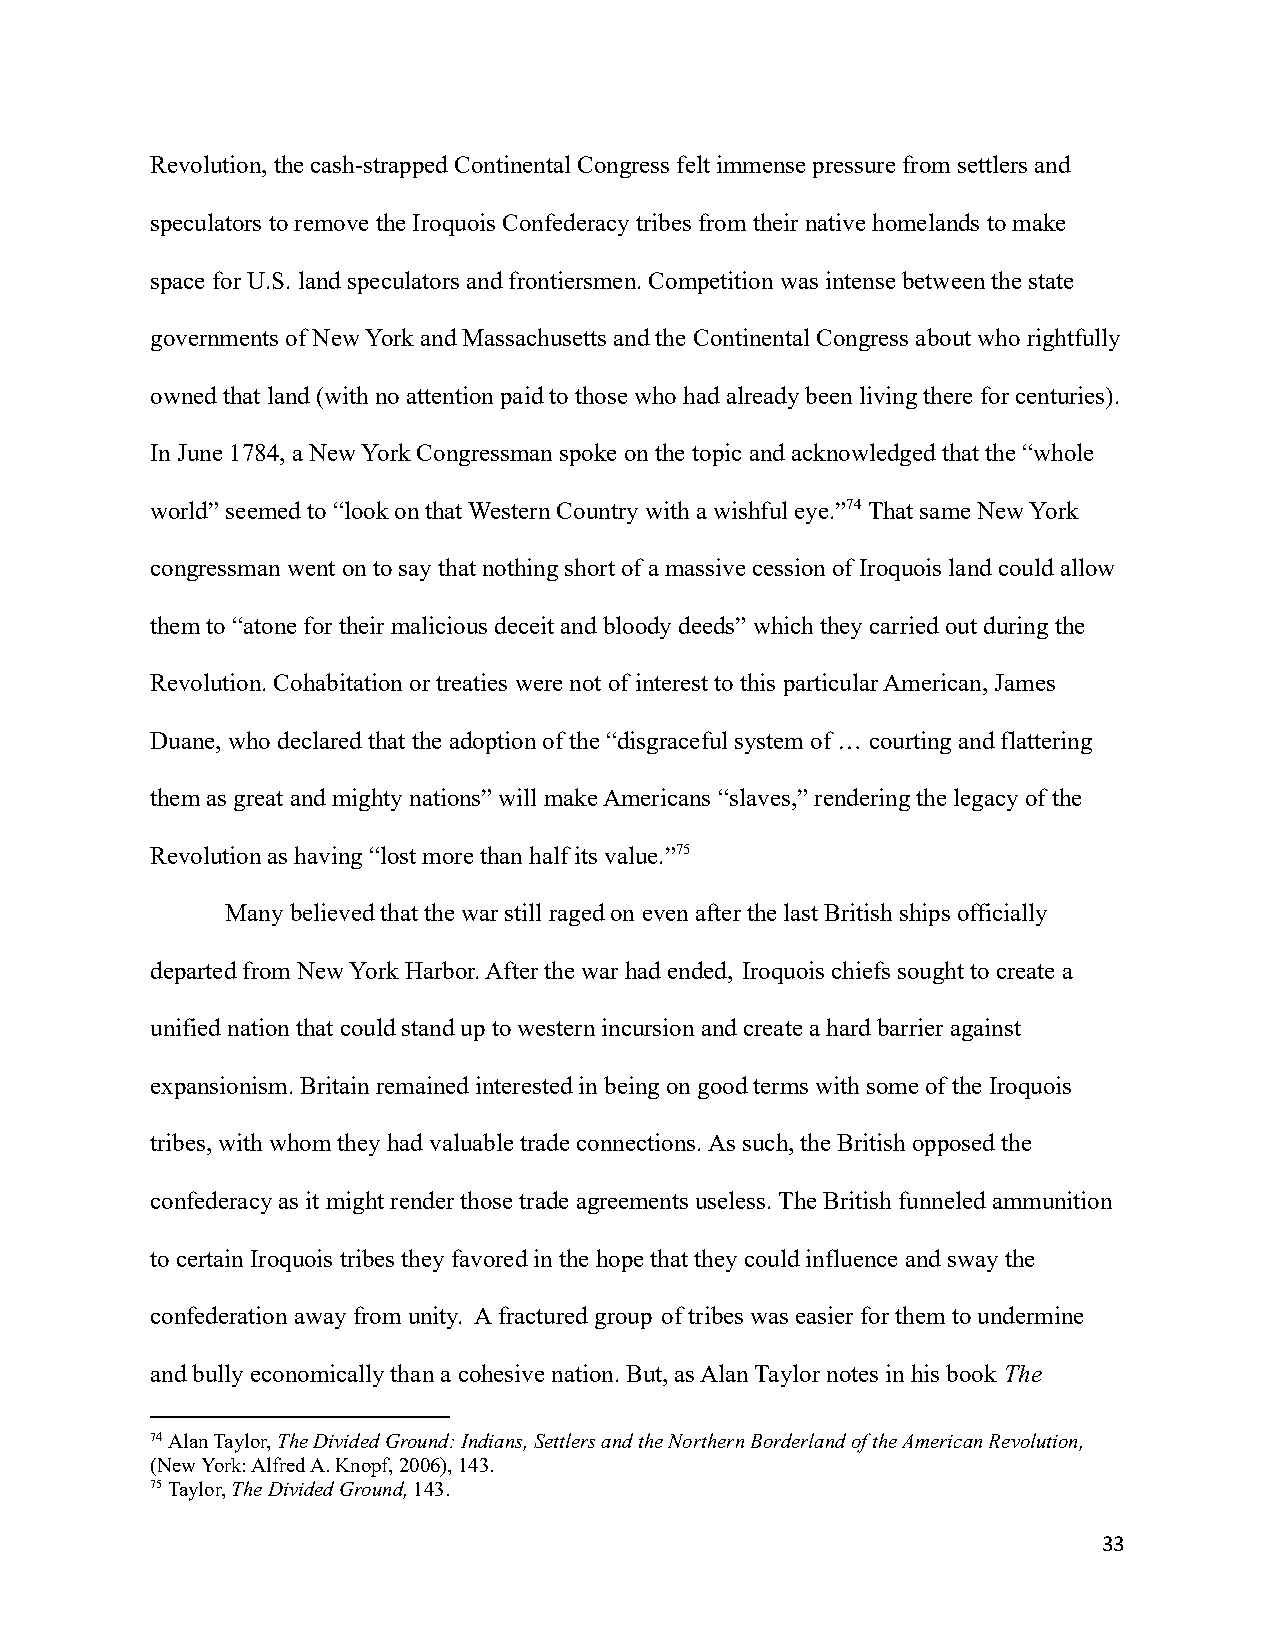
Revolution, the cash-strapped Continental Congress felt immense pressure from settlers and
 speculators to remove the Iroquois Confederacy tribesfrom their native homelands to make
 space for U.S. land speculators and frontiersmen.Competition was intense between the state
 governments of New York and Massachusetts and the Continental Congress about who rightfully
 owned that land (with no attention paid to those whohad already been living there for centuries).
 In June 1784, a New York Congressman spoke on the topic and acknowledged that the “whole
 world” seemed to “look on that Western Country with a wishful eye.”74That same New York
 congressman went on to say that nothing short of amassive cession of Iroquois land could allow
 them to “atone for their malicious deceit and bloodydeeds” which they carried out during the
 Revolution. Cohabitation or treaties were not of interestto this particular American, James
 Duane, who declared that the adoption of the “disgracefulsystem of … courting and flattering
 them as great and mighty nations” will make Americans “slaves,” rendering the legacy of the
 Revolution as having “lost more than half its value.”75
 Many believed that the war still raged on even afterthe last British ships officially
 departed from New York Harbor. After the war had ended, Iroquois chiefs sought to create a
 unified nation that could stand up to western incursionand create a hard barrier against
 expansionism. Britain remained interested in beingon good terms with some of the Iroquois
 tribes, with whom they had valuable trade connections.As such, the British opposed the
 confederacy as it might render those trade agreementsuseless. The British funneled ammunition
 to certain Iroquois tribes they favored in the hopethat they could influence and sway the
 confederation away from unity. A fractured group of tribes was easier for them to undermine
 and bully economically than a cohesive nation. But,as Alan Taylor notes in his book The
 74Alan Taylor,The Divided Ground: Indians, Settlersand the Northern Borderland of the American Revolution,
 (New York: Alfred A. Knopf, 2006), 143.
 75Taylor,The Divided Ground,143.
 33